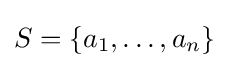
S=\{a_{1},\ldots ,a_{n}\}